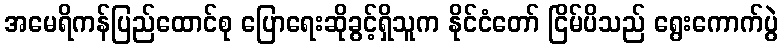
အမေရိကန်ပြည်ထောင်စု ပြောရေးဆိုခွင့်ရှိသူက နိုင်ငံတော် ငြိမ်ပိသည် ရွေးကောက်ပွဲ